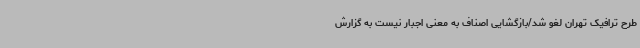
طرح ترافیک تهران لغو شد/بازگشایی اصناف به معنی اجبار نیست به گزارش